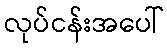
လုပ်ငန်းအပေါ်